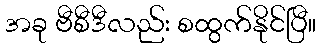
အခု ဗီစီဒီလည်း စထွက်နိုင်ပြီ။